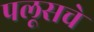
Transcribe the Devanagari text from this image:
पलूसचे